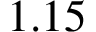
1 . 1 5